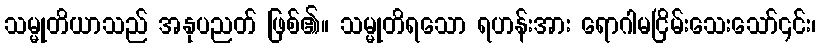
သမ္မုတိယာသည် အနုပညတ် ဖြစ်၏။ သမ္မုတိရသော ရဟန်းအား ရောဂါမငြိမ်းသေးသော်၎င်း၊